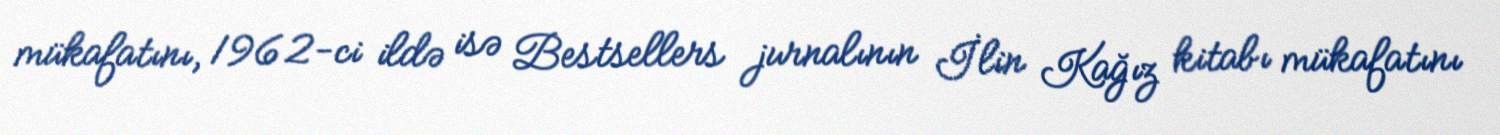
mükafatını, 1962-ci ildə isə Bestsellers jurnalının İlin Kağız kitabı mükafatını